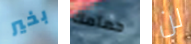
بخير حمامك لن